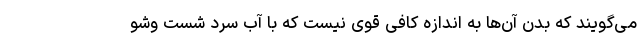
می‌گویند که بدن آن‌ها به اندازه کافی قوی نیست که با آب سرد شست وشو